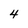
Character: 4